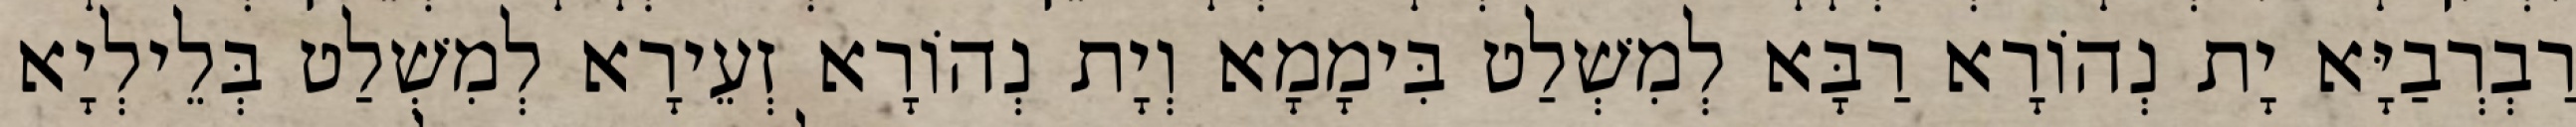
רַבְרְבַיָּא יָת נְהוֹרָא רַבָּא לְמִשְׁלַט בִּימָמָא וְיָת נְהוֹרָא זְעֵירָא לְמִשְׁלַט בְּלֵילְיָא